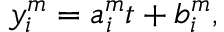
y _ { i } ^ { m } = a _ { i } ^ { m } t + b _ { i } ^ { m } ,